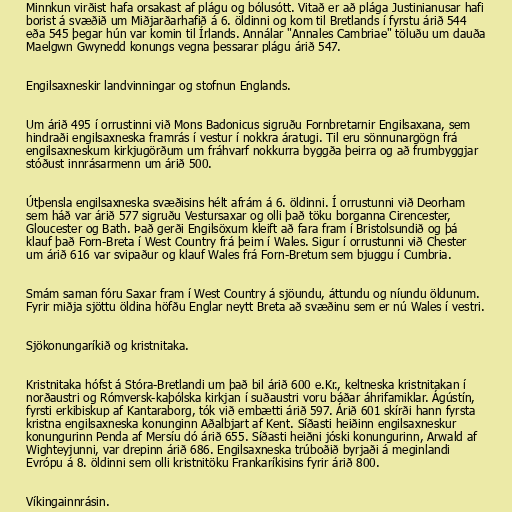
Minnkun virðist hafa orsakast af plágu og bólusótt. Vitað er að plága Justinianusar hafi
borist á svæðið um Miðjarðarhafið á 6. öldinni og kom til Bretlands í fyrstu árið 544
eða 545 þegar hún var komin til Írlands. Annálar "Annales Cambriae" töluðu um dauða
Maelgwn Gwynedd konungs vegna þessarar plágu árið 547.

Engilsaxneskir landvinningar og stofnun Englands.

Um árið 495 í orrustinni við Mons Badonicus sigruðu Fornbretarnir Engilsaxana, sem
hindraði engilsaxneska framrás í vestur í nokkra áratugi. Til eru sönnunargögn frá
engilsaxneskum kirkjugörðum um fráhvarf nokkurra byggða þeirra og að frumbyggjar
stóðust innrásarmenn um árið 500.

Útþensla engilsaxneska svæðisins hélt afrám á 6. öldinni. Í orrustunni við Deorham
sem háð var árið 577 sigruðu Vestursaxar og olli það töku borganna Cirencester,
Gloucester og Bath. Það gerði Engilsöxum kleift að fara fram í Bristolsundið og þá
klauf það Forn-Breta í West Country frá þeim í Wales. Sigur í orrustunni við Chester
um árið 616 var svipaður og klauf Wales frá Forn-Bretum sem bjuggu í Cumbria.

Smám saman fóru Saxar fram í West Country á sjöundu, áttundu og níundu öldunum.
Fyrir miðja sjöttu öldina höfðu Englar neytt Breta að svæðinu sem er nú Wales í vestri.

Sjökonungaríkið og kristnitaka.

Kristnitaka hófst á Stóra-Bretlandi um það bil árið 600 e.Kr., keltneska kristnitakan í
norðaustri og Rómversk-kaþólska kirkjan í suðaustri voru báðar áhrifamiklar. Ágústín,
fyrsti erkibiskup af Kantaraborg, tók við embætti árið 597. Árið 601 skírði hann fyrsta
kristna engilsaxneska konunginn Aðalbjart af Kent. Síðasti heiðinn engilsaxneskur
konungurinn Penda af Mersíu dó árið 655. Síðasti heiðni jóski konungurinn, Arwald af
Wighteyjunni, var drepinn árið 686. Engilsaxneska trúboðið byrjaði á meginlandi
Evrópu á 8. öldinni sem olli kristnitöku Frankaríkisins fyrir árið 800.

Víkingainnrásin.